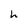
Character: h